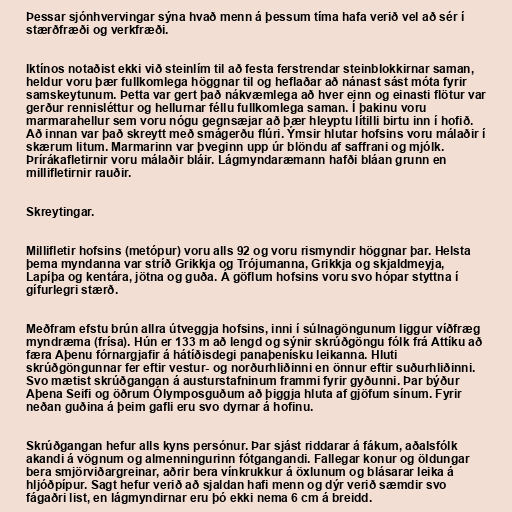
Þessar sjónhvervingar sýna hvað menn á þessum tíma hafa verið vel að sér í
stærðfræði og verkfræði.

Iktínos notaðist ekki við steinlím til að festa ferstrendar steinblokkirnar saman,
heldur voru þær fullkomlega höggnar til og heflaðar að nánast sást móta fyrir
samskeytunum. Þetta var gert það nákvæmlega að hver einn og einasti flötur var
gerður rennisléttur og hellurnar féllu fullkomlega saman. Í þakinu voru
marmarahellur sem voru nógu gegnsæjar að þær hleyptu lítilli birtu inn í hofið.
Að innan var það skreytt með smágerðu flúri. Ýmsir hlutar hofsins voru málaðir í
skærum litum. Marmarinn var þveginn upp úr blöndu af saffrani og mjólk.
Þrírákafletirnir voru málaðir bláir. Lágmyndaræmann hafði bláan grunn en
millifletirnir rauðir.

Skreytingar.

Millifletir hofsins (metópur) voru alls 92 og voru rismyndir höggnar þar. Helsta
þema myndanna var stríð Grikkja og Trójumanna, Grikkja og skjaldmeyja,
Lapíþa og kentára, jötna og guða. Á göflum hofsins voru svo hópar styttna í
gífurlegri stærð.

Meðfram efstu brún allra útveggja hofsins, inni í súlnagöngunum liggur víðfræg
myndræma (frísa). Hún er 133 m að lengd og sýnir skrúðgöngu fólk frá Attíku að
færa Aþenu fórnargjafir á hátíðisdegi panaþenísku leikanna. Hluti
skrúðgöngunnar fer eftir vestur- og norðurhliðinni en önnur eftir suðurhliðinni.
Svo mætist skrúðgangan á austurstafninum frammi fyrir gyðunni. Þar býður
Aþena Seifi og öðrum Ólymposguðum að þiggja hluta af gjöfum sínum. Fyrir
neðan guðina á þeim gafli eru svo dyrnar á hofinu.

Skrúðgangan hefur alls kyns persónur. Þar sjást riddarar á fákum, aðalsfólk
akandi á vögnum og almenningurinn fótgangandi. Fallegar konur og öldungar
bera smjörviðargreinar, aðrir bera vínkrukkur á öxlunum og blásarar leika á
hljóðpípur. Sagt hefur verið að sjaldan hafi menn og dýr verið sæmdir svo
fágaðri list, en lágmyndirnar eru þó ekki nema 6 cm á breidd.